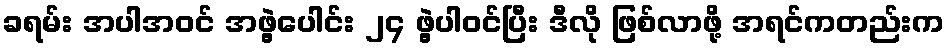
ခရမ်း အပါအဝင် အဖွဲ့ပေါင်း ၂၄ ဖွဲ့ပါဝင်ပြီး ဒီလို ဖြစ်လာဖို့ အရင်ကတည်းက